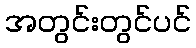
အတွင်းတွင်ပင်